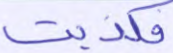
فكذبت